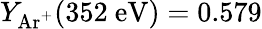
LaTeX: Y_{\mathrm{Ar^{+}}}(352~\mathrm{eV})=0.579